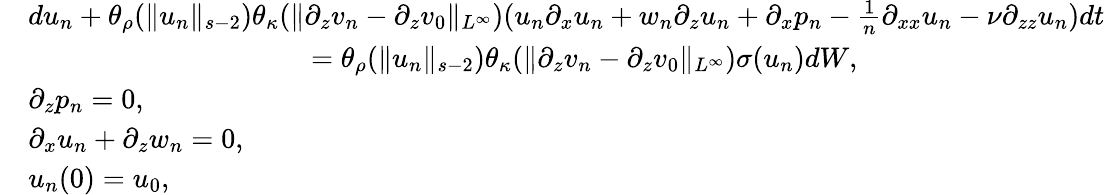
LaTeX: \begin{array}{rl}&{du_{n}+\theta_{\rho}(\| u_{n}\| _{s-2})\theta_{\kappa}(\| \partial_{z}v_{n}-\partial_{z}v_{0}\| _{L^{\infty}})(u_{n}\partial_{x}u_{n}+w_{n}\partial_{z}u_{n}+\partial_{x}p_{n}-\frac 1n\partial_{xx}u_{n}-\nu\partial_{zz}u_{n})dt}\\ &{\qquad\qquad\qquad\qquad\qquad=\theta_{\rho}(\| u_{n}\| _{s-2})\theta_{\kappa}(\| \partial_{z}v_{n}-\partial_{z}v_{0}\| _{L^{\infty}})\sigma(u_{n})dW,}\\ &{\partial_{z}p_{n}=0,}\\ &{\partial_{x}u_{n}+\partial_{z}w_{n}=0,}\\ &{u_{n}(0)=u_{0},}\end{array}